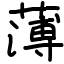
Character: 薄